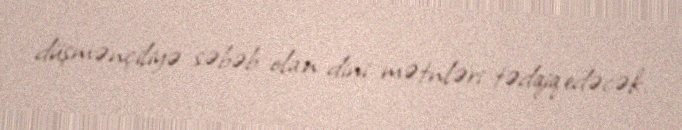
düşmənçiliyə səbəb olan dini mətnləri tədqiq edəcək.